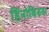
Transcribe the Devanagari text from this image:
र्हिनोविरुस